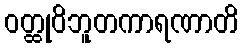
ဝတ္ထုဝိဘူတကာရဏာတိ